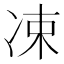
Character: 凁